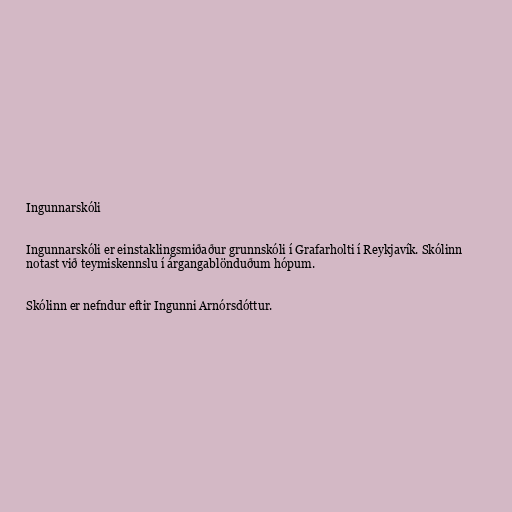
Ingunnarskóli

Ingunnarskóli er einstaklingsmiðaður grunnskóli í Grafarholti í Reykjavík. Skólinn
notast við teymiskennslu í árgangablönduðum hópum.

Skólinn er nefndur eftir Ingunni Arnórsdóttur.